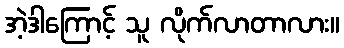
အဲ့ဒါကြောင့် သူ လိုက်လာတာလား။